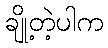
ချို့တဲ့ပါက